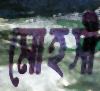
মোহসী